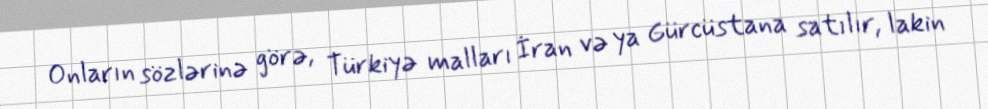
Onların sözlərinə görə, Türkiyə malları İran və ya Gürcüstana satılır, lakin